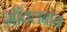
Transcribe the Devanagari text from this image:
मॉंतलबान